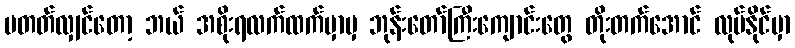
မတတ်လျှင်တော့ ဘယ် အစိုးရလက်ထက်မှာမှ ဘုန်းတော်ကြီးကျောင်းတွေ တိုးတက်အောင် လုပ်နိုင်မှာ